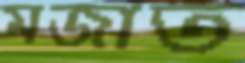
মজাত